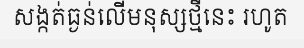
សង្កត់ធ្ងន់លើមនុស្សថ្មីនេះ រហូត